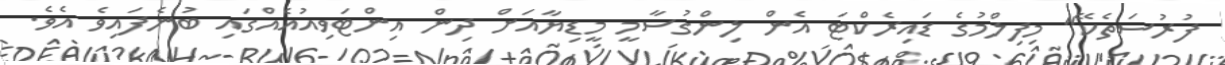
ފުރުސަތެކޭ" މިފިލްމުގެ ޑައިރެކްޓަ އެން ލިންގުސާމީ މީޑިޔާއަށް ދިން އިންޓަވިއުއެއްގައި ބުނެފައިވެ އެވެ.